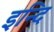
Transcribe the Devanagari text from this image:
इन्दि